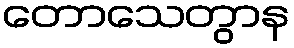
တောသေတွာန